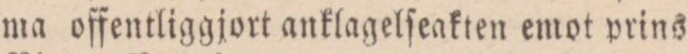
ma offentliggjort anklagelſeakten emot prins